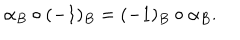
\alpha _ { B } \circ ( - 1 ) _ { B } = ( - 1 ) _ { B } \circ \alpha _ { B } .